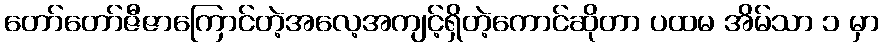
တော်တော်ဇီဇာကြောင်တဲ့အလေ့အကျင့်ရှိတဲ့ကောင်ဆိုတာ ပထမ အိမ်သာ ၁ မှာ